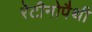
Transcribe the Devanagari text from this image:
रेटीनोपैथी